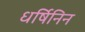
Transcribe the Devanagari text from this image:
धर्षिनिन